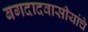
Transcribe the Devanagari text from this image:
बगदादवासीयांचे